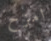
امزح